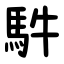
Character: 䭽